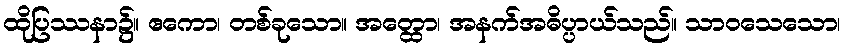
ထိုပြဿနာ၌။ ဧကော၊ တစ်ခုသော။ အတ္ထော၊ အနက်အဓိပ္ပာယ်သည်။ သာဝသေသော၊